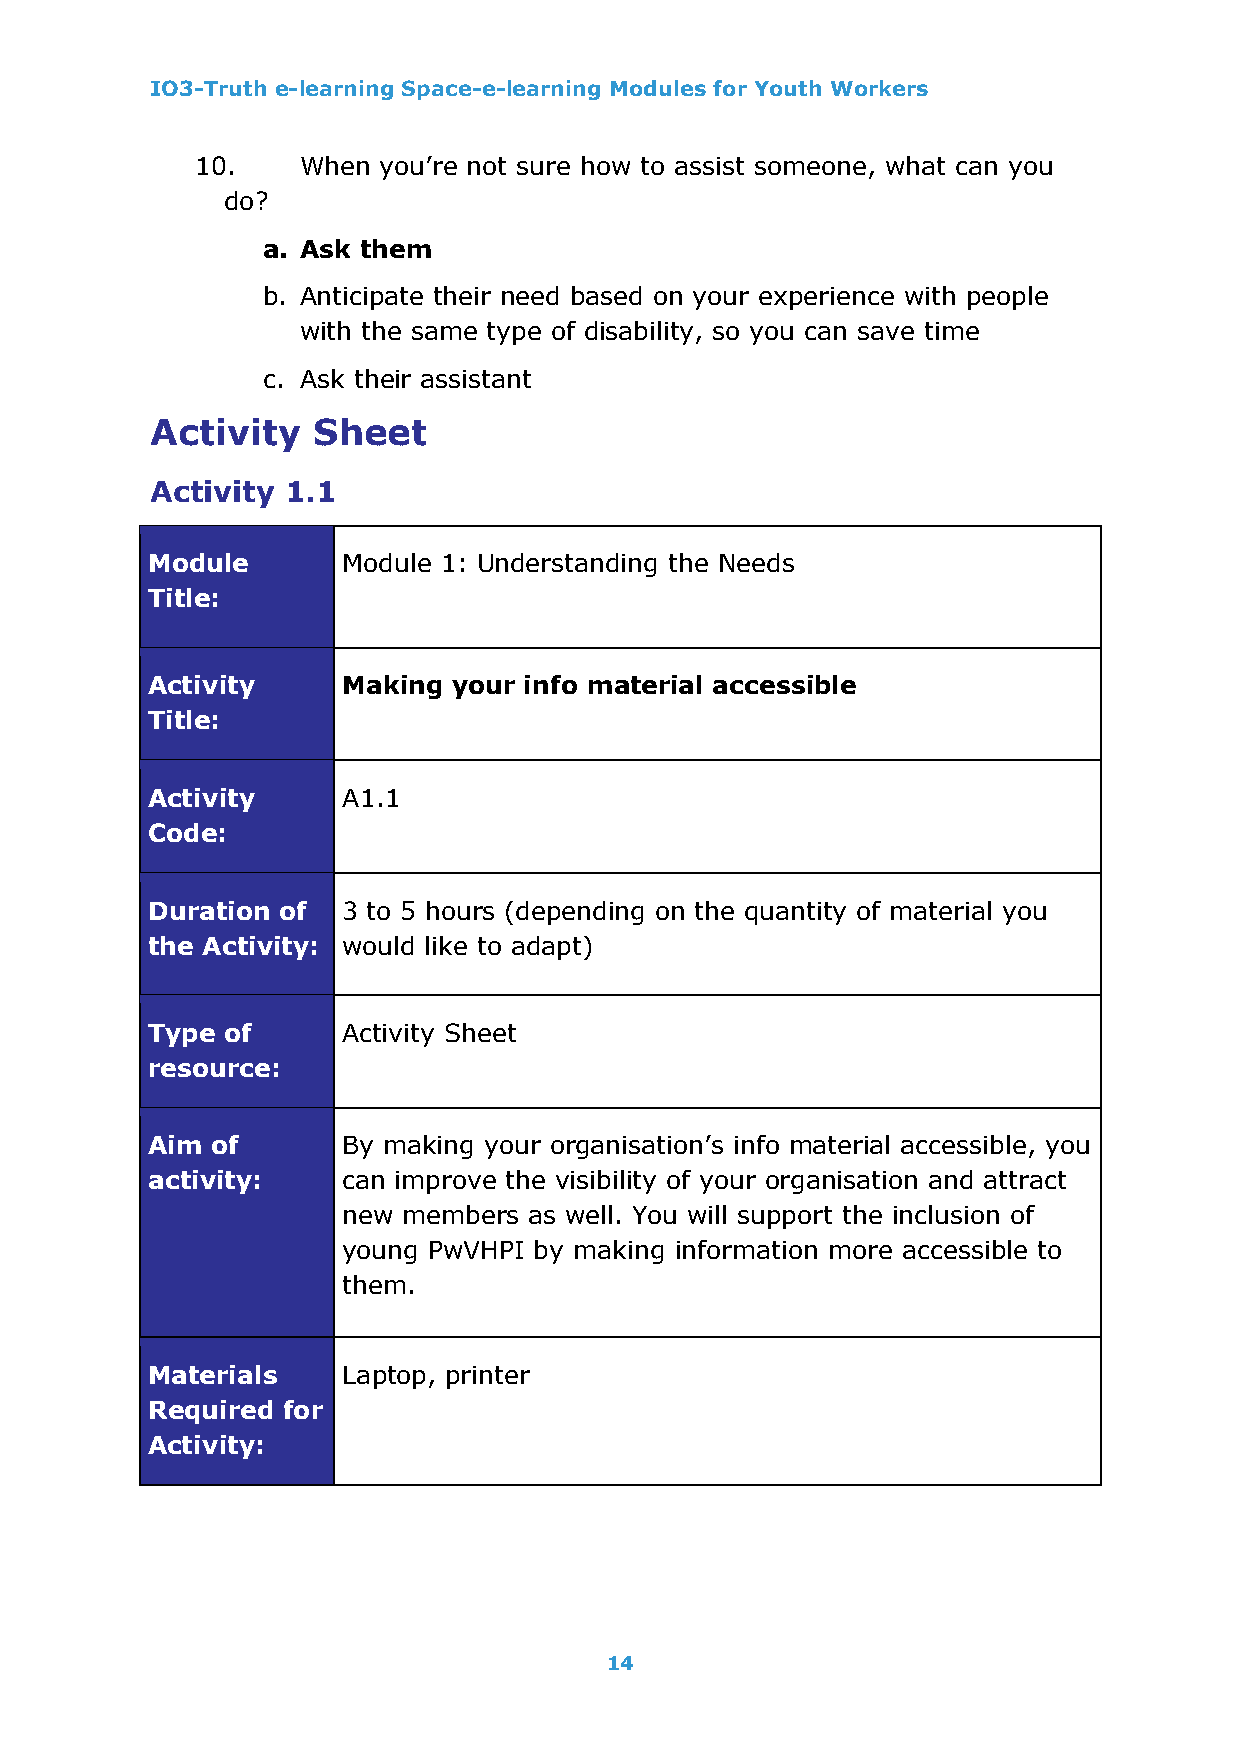
IO3-Truth e-learning Space-e-learning Modules for Youth Workers
 10.    When you’re not sure how to assist someone, what can you
 do?
 a. Ask them
 b. Anticipate their need based on your experience with people
 with the same type of disability, so you can save time
 c. Ask their assistant
 Activity   Sheet
 Activity 1.1
 Module       Module 1: Understanding the Needs
 Title:
 Activity     Making your info material accessible
 Title:
 Activity     A1.1
 Code:
 Duration of  3 to 5 hours (depending on the quantity of material you
 the Activity: would like to adapt)
 Type of      Activity Sheet
 resource:
 Aim of       By making your organisation’s info material accessible, you
 activity:    can improve the visibility of your organisation and attract
 new members as well. You will support the inclusion of
 young PwVHPI by making information more accessible to
 them.
 Materials    Laptop, printer
 Required for
 Activity:
 14